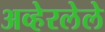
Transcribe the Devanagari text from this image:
अव्हेरलेले